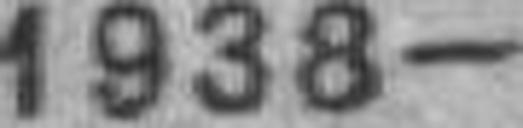
1938—